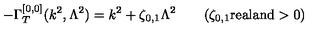
- \Gamma _ { T } ^ { [ 0 , 0 ] } ( k ^ { 2 } , \Lambda ^ { 2 } ) = k ^ { 2 } + \zeta _ { 0 , 1 } \Lambda ^ { 2 } \qquad ( \zeta _ { 0 , 1 } \mathrm { { r e a l a n d } } > 0 )